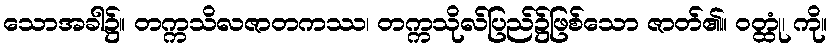
သောအခါ၌။ တက္ကသိလဇာတကဿ၊ တက္ကသိုလ်ပြည်၌ဖြစ်သော ဇာတ်၏။ ဝတ္ထုံ၊ ကို။